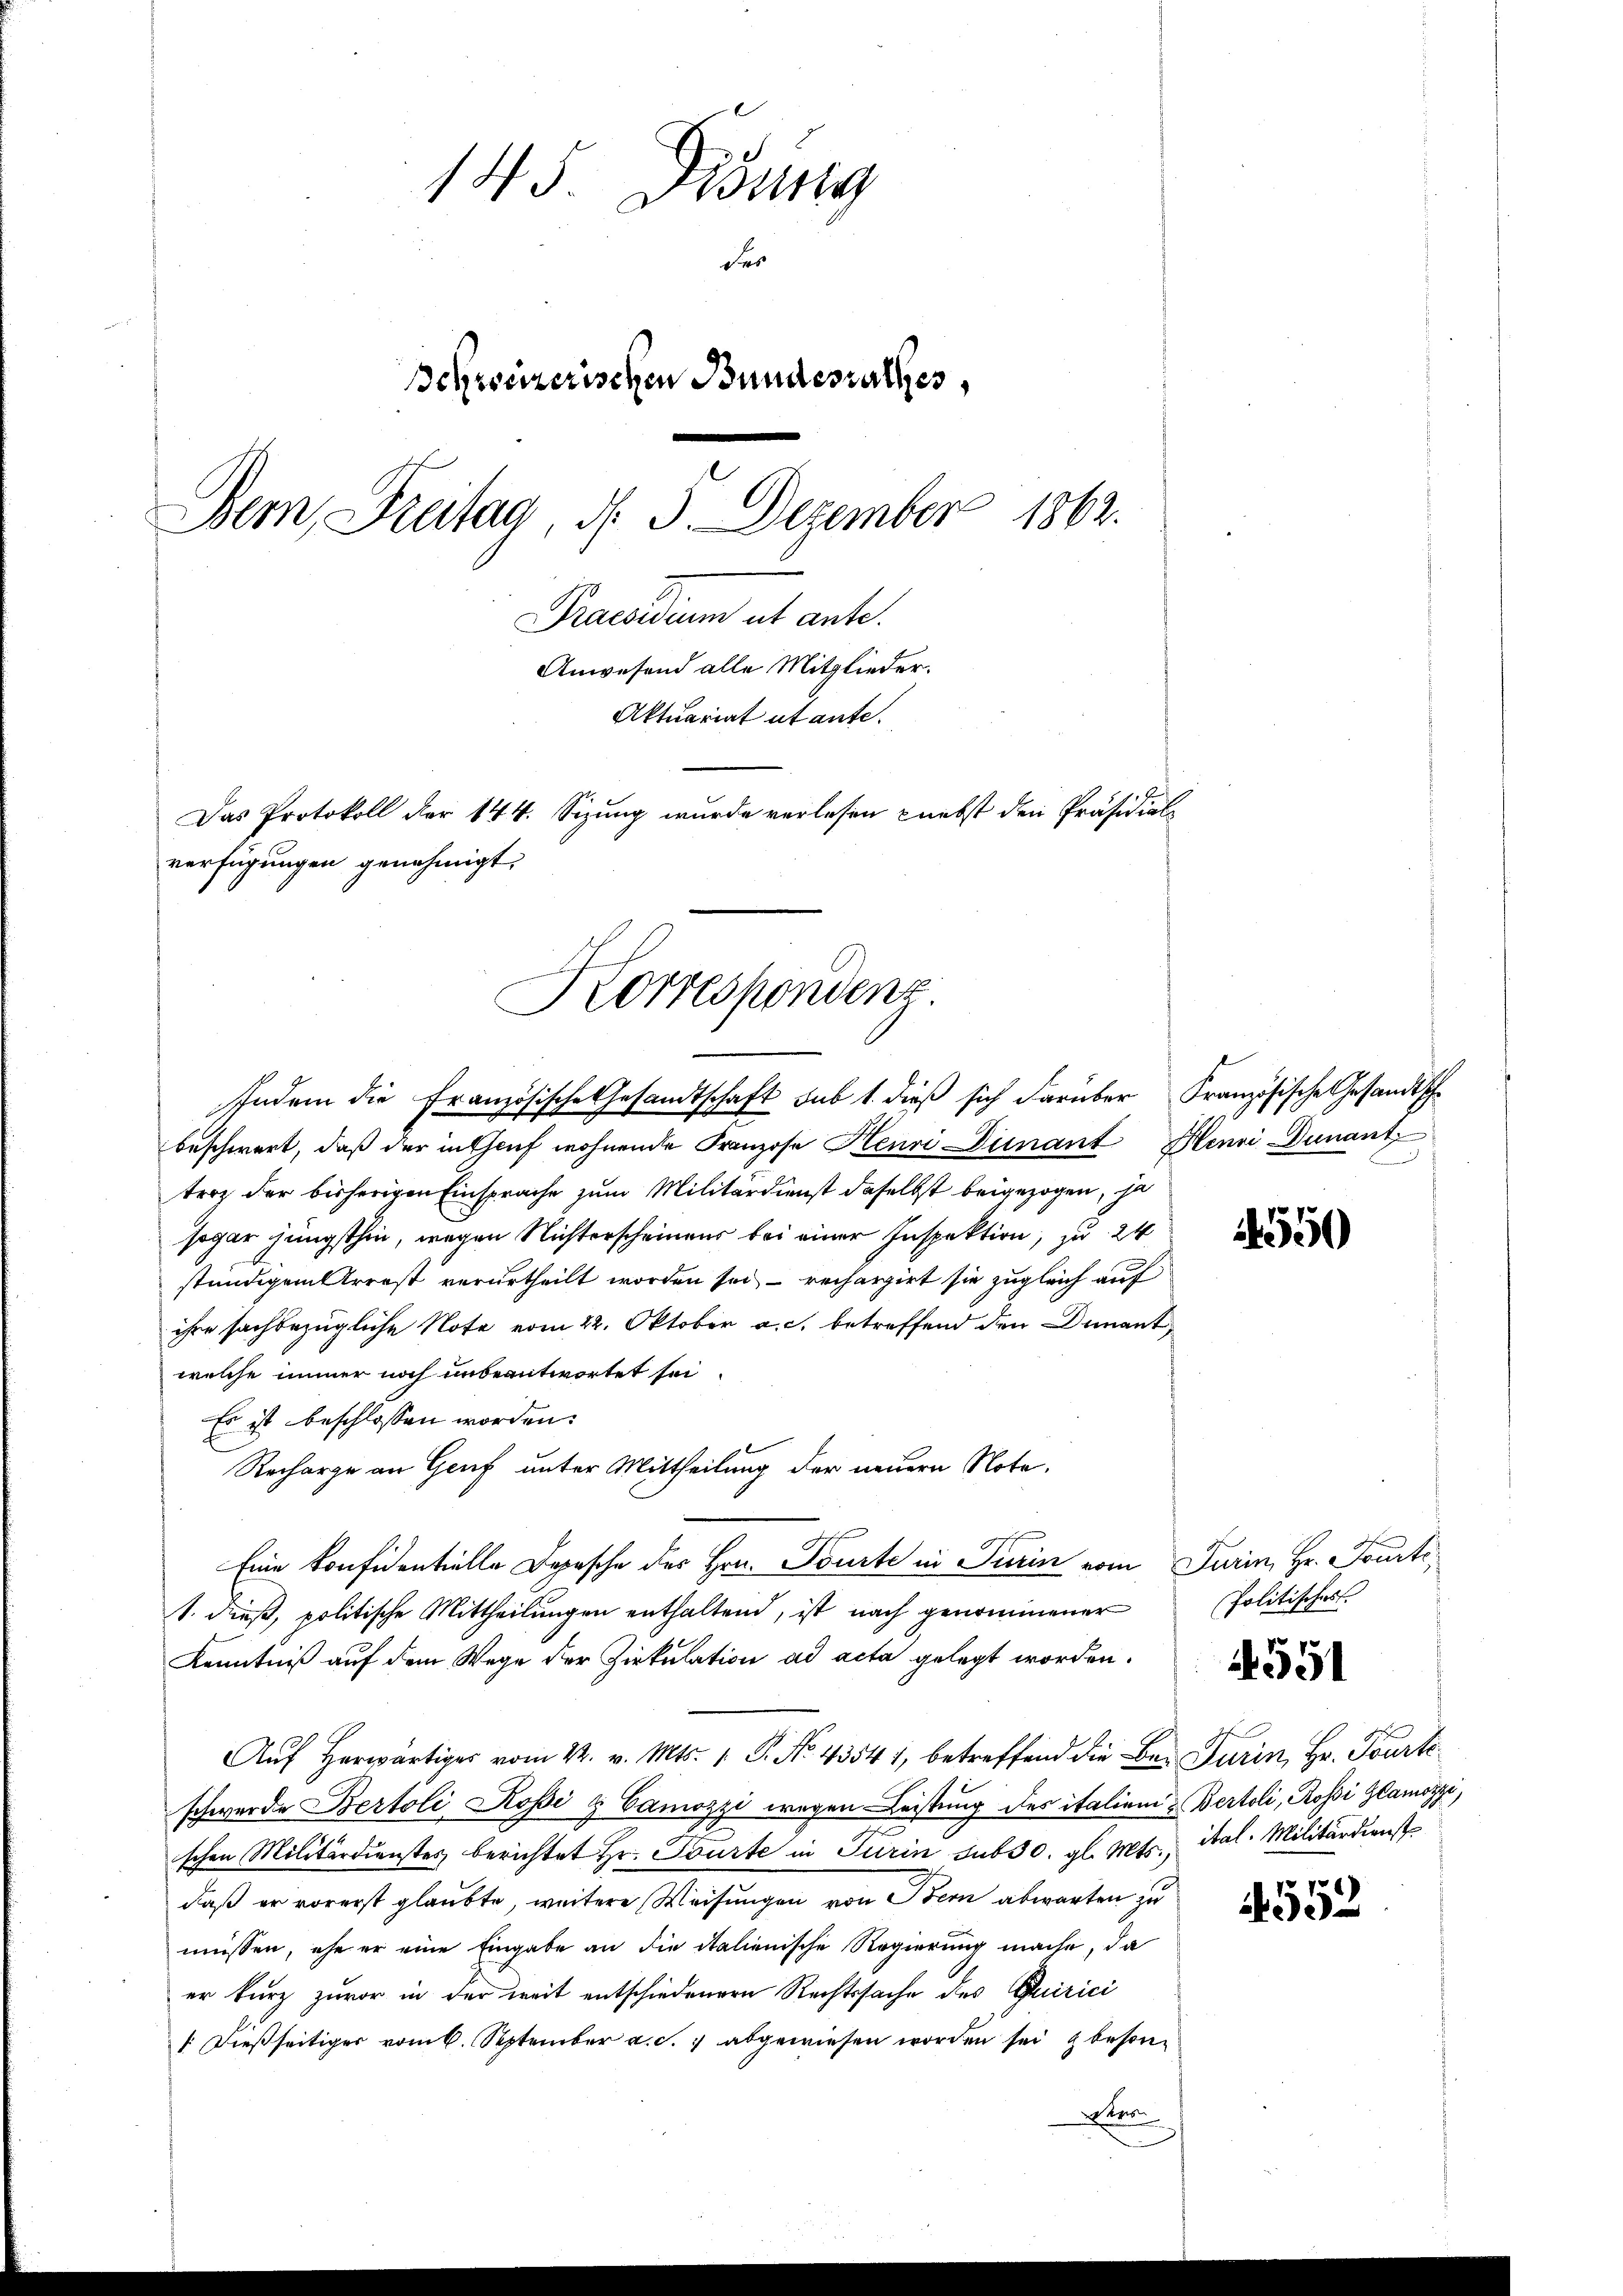
145. Disung
Fr
Schreizerischen Bundesrathes,
Bern, Freitag, d. 3. Dezember 1862.
Praesidium et ante.
Anwesend alle Mitglieder.
Aktuariat untante.
Das Protokoll der 144. Sizung wurde verlesen nebst den Präsidial-
verfügungen genehmigt.

Korrespondenz

Indem die Französische Gesandtschaft sub 1. dieß sich darüber Französische Gesandtsche
beschwert, daß der inthauf wohnende Franzose Henri Dienant Henri Dunant
trotz der bisherigen Einsprache zum Militärdienst daselbst beigezogen, ja
sogar jüngsthin, wegen Nichterscheinens bei einer Inspektion, zu 24
stündigem Arrest verurtheilt worden sei, – rechargirt sie zugleich auf
ihre sachbezügliche Note vom 22. Oktober a. c. betreffend den Diment
welche immer noch unbeantwortet sei.
Es ist beschlossen worden.
Recharge an Genf unter Mittheilung der neuern Nota¬
Eine Konfidentielle Depesche des Hrn. Tourte in Turin vom Turin, Hr. Fourt,
1. dieß, politische Mittheilungen enthaltend, ist nach genommener
Kenntniß auf dem Wege der Zirkulation ad acta gelegt worden.
Aŭf herwärtig vom 22. v. Mts. 1. P. No. 43541, betreffend die Bei Turin, Hr. Tourte
schwerde Bertoli Kopi & Camozzi wegen Leistung des italien Bertoli, Rossi Glamozzi,
schen Militärdienstes berichtet Hr. Tourte in Turin sub 30. gl. Mts., ital. Militärdienst
daß er vorerst glaubte, weitere Weisungen von Bei abwarten zu
müssen, ehe er eine Eingabe an die italienische Regierung mache, da
er kurz zuvor in der weit entschiedenern Rechtssache des Quirici
1 dießseitiger vom 6. September a. c. abgewiesen worden sei beson¬
Stro

550

Politisches.

551

4552